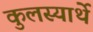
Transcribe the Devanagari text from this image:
कुलस्यार्थे